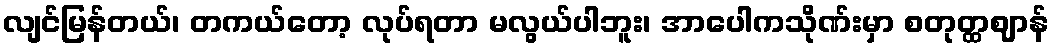
လျင်မြန်တယ်၊ တကယ်တော့ လုပ်ရတာ မလွယ်ပါဘူး၊ အာပေါကသိုဏ်းမှာ စတုတ္ထဈာန်